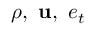
\rho , ~ \mathbf { u } , ~ e _ { t }